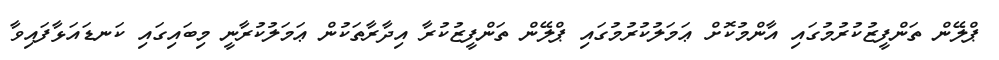
ޕްލޭން ތަންފީޒުކުރުމުގައި އާންމުކޮށް ޢަމަލުކުރުމުގައި ޕްލޭން ތަންފީޒުކުރާ އިދާރާތަކުން ޢަމަލުކުރާނީ މިބައިގައި ކަނޑައަޅާފައިވާ